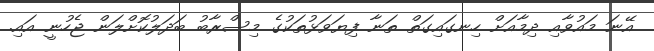
އޭނަ މައުވާއި ދިމާއަށް ހިނގައިގަތް ތަނާ ފިޔަވަޅުތަކުގެ މިސްރާބު ބަދަލުކޮށްލަން ޖެހުނީ އައި.